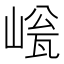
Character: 𡹳